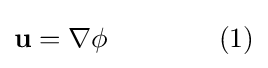
\mathbf {u} =\nabla \phi \qquad \qquad (1)